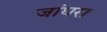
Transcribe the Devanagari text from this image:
जांघरा